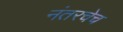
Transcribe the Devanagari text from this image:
नंतरचेच